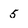
Character: 5